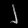
Digit: ၂